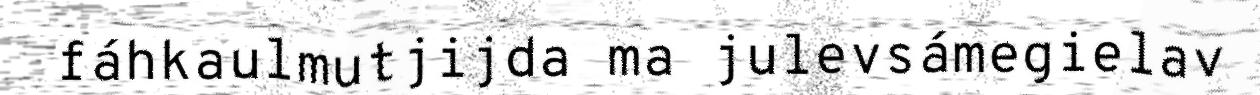
fáhkaulmutjijda ma julevsámegielav